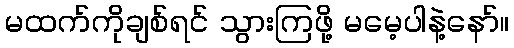
မထက်ကိုချစ်ရင် သွားကြဖို့ မမေ့ပါနဲ့နော်။